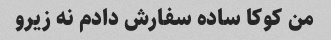
من کوکا ساده سفارش دادم نه زیرو